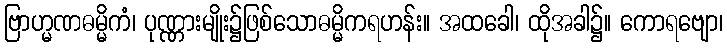
ဗြာဟ္မဏဓမ္မိကံ၊ ပုဏ္ဏားမျိုး၌ဖြစ်သောဓမ္မိကရဟန်း။ အထခေါ၊ ထိုအခါ၌။ ကောရဗျော၊